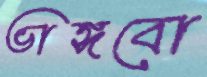
ভাঙ্গবো